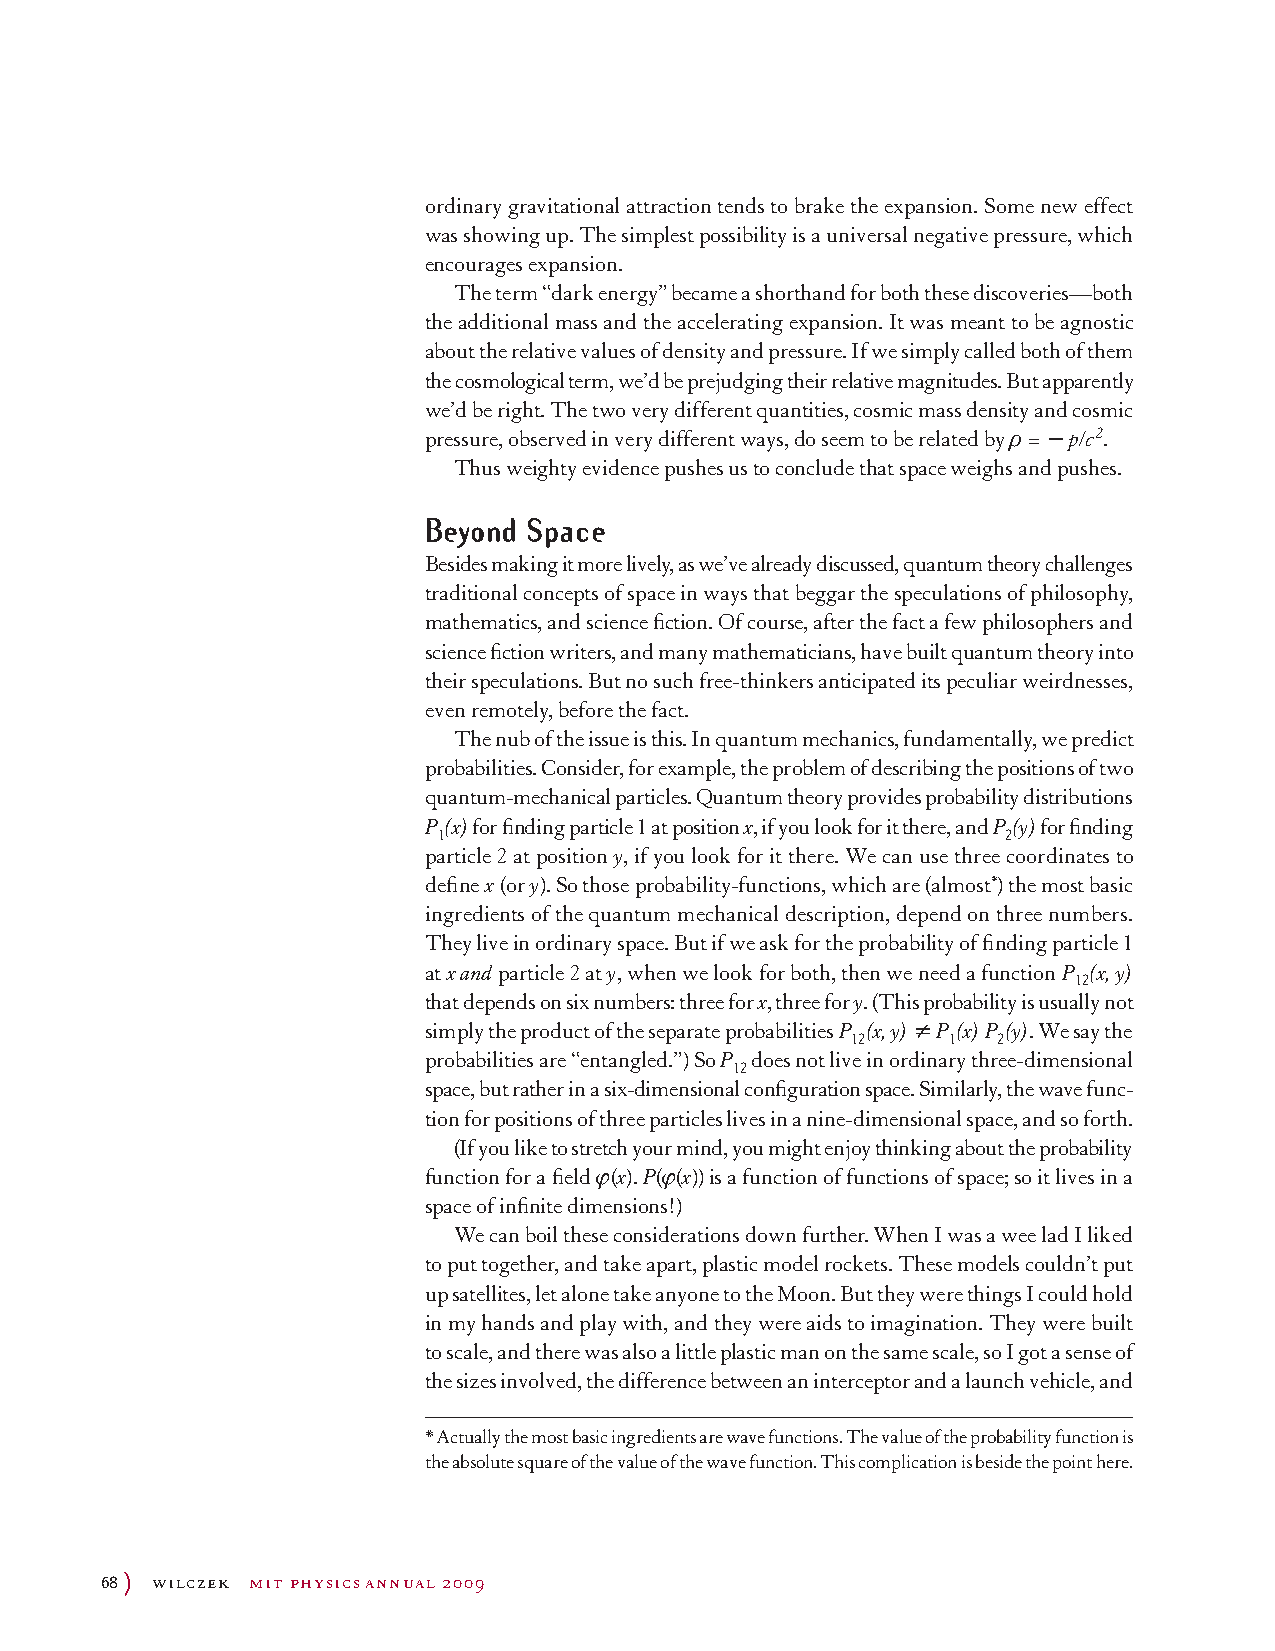
ordinary gravitational attraction tends to brake the expansion. Some new effect
 was showing up. The simplest possibility is a universal negative pressure, which
 encourages expansion.
 The term “dark energy” became a shorthand for both these discoveries—both
 the additional mass and the accelerating expansion. It was meant to be agnostic
 about the relative values of density and pressure. If we simply called both of them
 the cosmological term, we’d be prejudging their relative magnitudes. But apparently
 we’d be right. The two very different quantities, cosmic mass density and cosmic
 pressure, observed in very different ways, do seem to be related by ρ = - p/c2.
 Thus weighty evidence pushes us to conclude that space weighs and pushes.
 Beyond Space
 Besides making it more lively, as we’ve already discussed, quantum theory challenges
 traditional concepts of space in ways that beggar the speculations of philosophy,
 mathematics, and science fiction. Of course, after the fact a few philosophers and
 science fiction writers, and many mathematicians, have built quantum theory into
 their speculations. But no such free-thinkers anticipated its peculiar weirdnesses,
 even remotely, before the fact.
 The nub of the issue is this. In quantum mechanics, fundamentally, we predict
 probabilities. Consider, for example, the problem of describing the positions of two
 quantum-mechanical particles. Quantum theory provides probability distributions
 P (x) for finding particle 1 at position x, if you look for it there, and P (y) for finding
 1                                     2
 particle 2 at position y, if you look for it there. We can use three coordinates to
 define x (or y). So those probability-functions, which are (almost*) the most basic
 ingredients of the quantum mechanical description, depend on three numbers.
 They live in ordinary space. But if we ask for the probability of finding particle 1
 at x and particle 2 at y, when we look for both, then we need a function P (x, y)
 12
 that depends on six numbers: three for x, three for y. (This probability is usually not
 simply the product of the separate probabilities P (x, y) ≠ P (x) P (y). We say the
 12     1  2
 probabilities are “entangled.”) So P does not live in ordinary three-dimensional
 12
 space, but rather in a six-dimensional configuration space. Similarly, the wave func-
 tion for positions of three particles lives in a nine-dimensional space, and so forth.
 (If you like to stretch your mind, you might enjoy thinking about the probability
 function for a field ϕ(x). P(ϕ(x)) is a function of functions of space; so it lives in a
 space of infinite dimensions!)
 We can boil these considerations down further. When I was a wee lad I liked
 to put together, and take apart, plastic model rockets. These models couldn’t put
 up satellites, let alone take anyone to the Moon. But they were things I could hold
 in my hands and play with, and they were aids to imagination. They were built
 to scale, and there was also a little plastic man on the same scale, so I got a sense of
 the sizes involved, the difference between an interceptor and a launch vehicle, and
 * Actually the most basic ingredients are wave functions. The value of the probability function is
 the absolute square of the value of the wave function. This complication is beside the point here.
 68 ) wilczek mit physics annual 2009